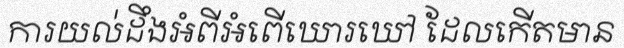
ការយល់ដឹងអំពីអំពើឃោរឃៅ ដែលកើតមាន